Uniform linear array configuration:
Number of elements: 32
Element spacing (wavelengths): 0.5
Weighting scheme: blackman
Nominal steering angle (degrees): -15
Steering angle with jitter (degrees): -15.881
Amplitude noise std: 0.05
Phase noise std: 0.05

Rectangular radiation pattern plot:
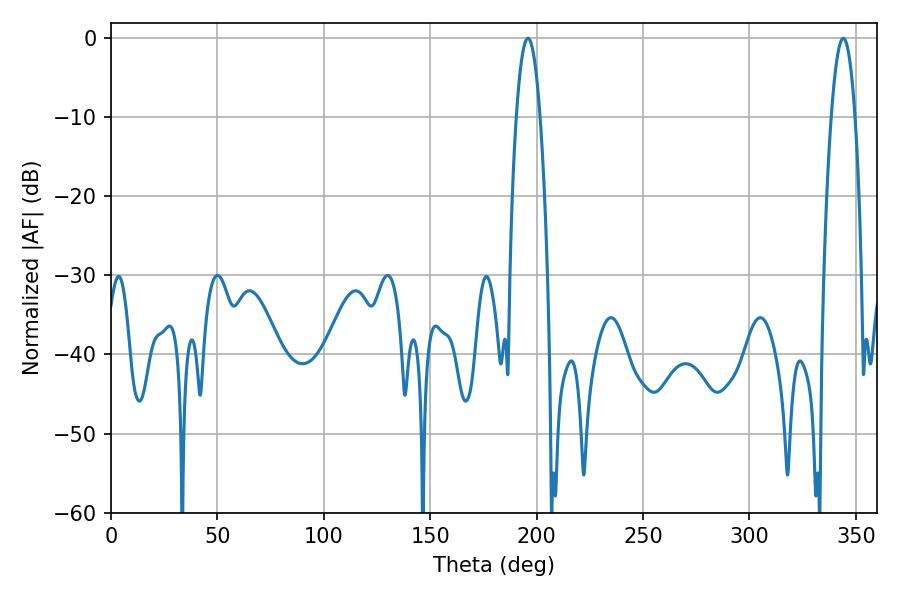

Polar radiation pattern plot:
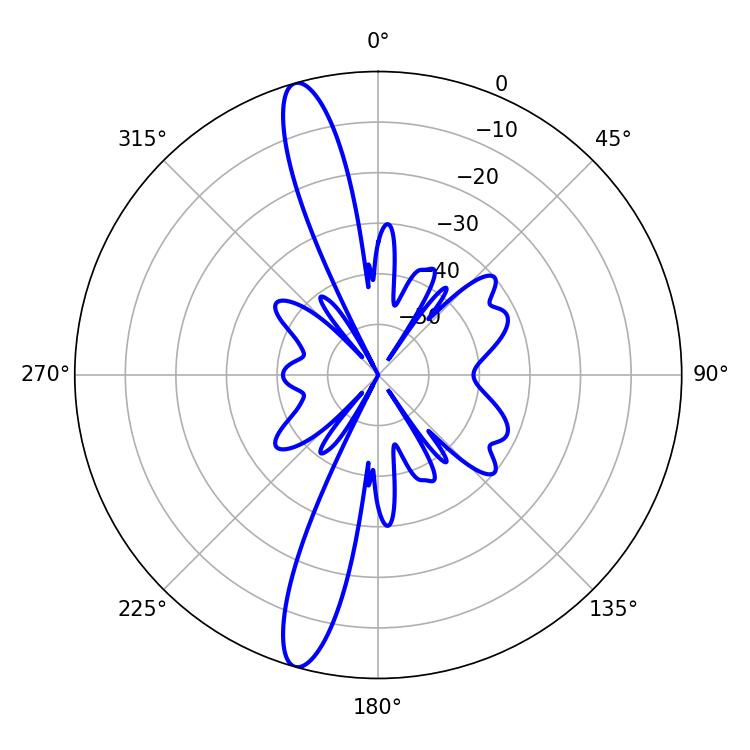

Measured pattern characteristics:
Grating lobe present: FALSE
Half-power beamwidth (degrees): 6.12
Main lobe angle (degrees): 195.84